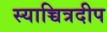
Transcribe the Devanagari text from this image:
स्याच्चित्रदीप